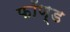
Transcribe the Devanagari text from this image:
फॉण्ड